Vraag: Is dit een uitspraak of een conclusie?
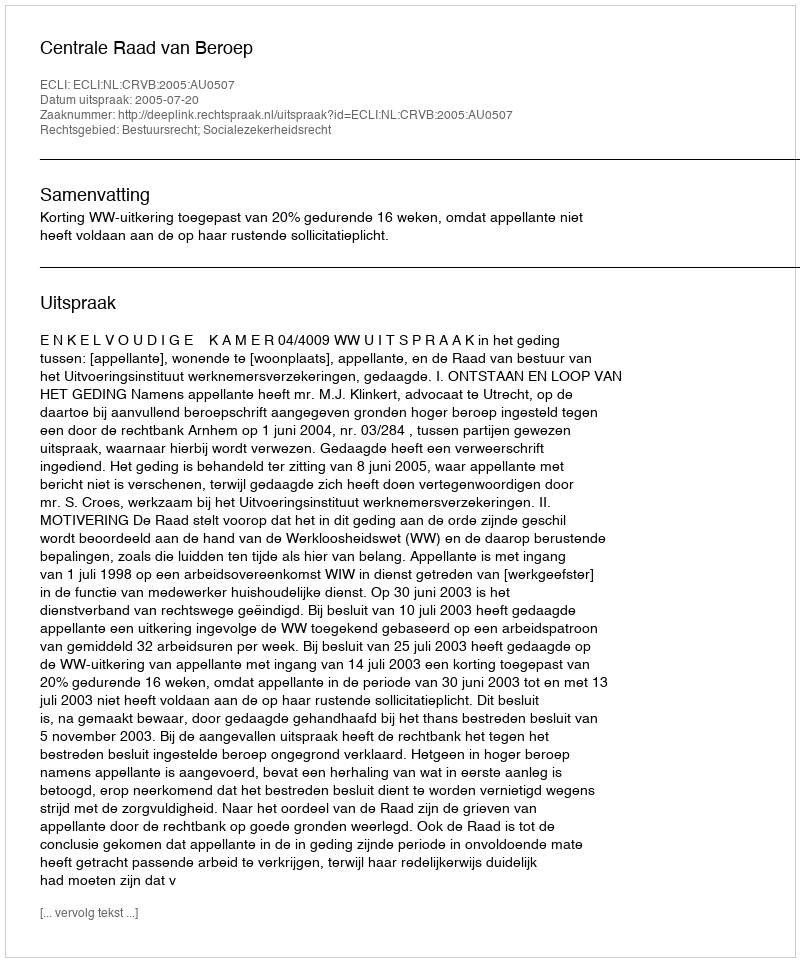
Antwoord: Uitspraak